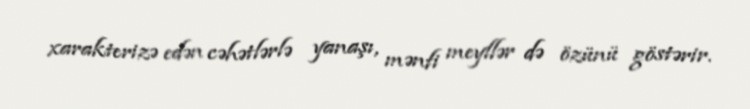
xarakterizə edən cəhətlərlə yanaşı, mənfi meyllər də özünü göstərir.